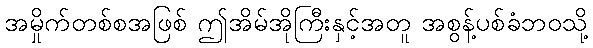
အမှိုက်တစ်စအဖြစ် ဤအိမ်အိုကြီးနှင့်အတူ အစွန့်ပစ်ခံဘဝသို့